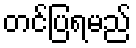
တင်ပြရမည်